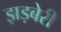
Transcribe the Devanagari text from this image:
झड़बेरी